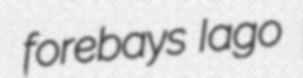
forebays Iago